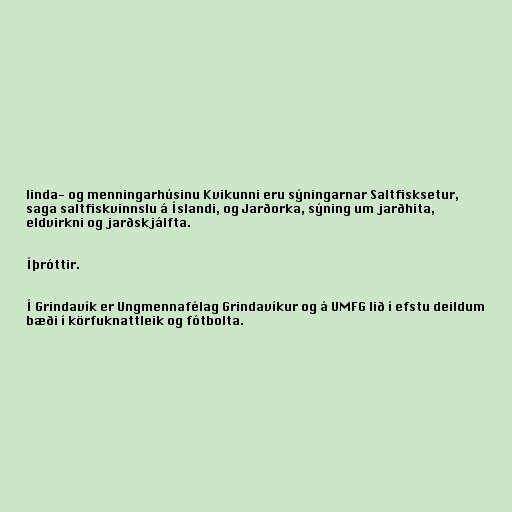
linda- og menningarhúsinu Kvikunni eru sýningarnar Saltfisksetur,
saga saltfiskvinnslu á Íslandi, og Jarðorka, sýning um jarðhita,
eldvirkni og jarðskjálfta.

Íþróttir.

Í Grindavík er Ungmennafélag Grindavíkur og á UMFG lið í efstu deildum
bæði í körfuknattleik og fótbolta.